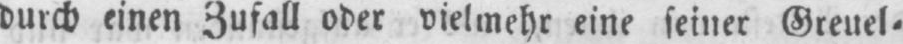
durch einen Zufall oder vielmehr eine seiner Greuel⸗